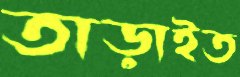
তাড়াইত